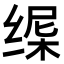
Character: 𬘸